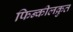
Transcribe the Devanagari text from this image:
फिन्कीलक्रुत